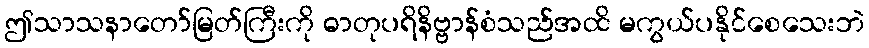
ဤသာသနာတော်မြတ်ကြီးကို ဓာတုပရိနိဗ္ဗာန်စံသည်အထိ မကွယ်ပနိုင်စေသေးဘဲ